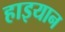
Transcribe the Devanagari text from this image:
हाइयान